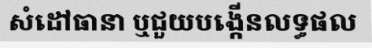
សំដៅធានា ឬជួយបង្កើនលទ្ធផល